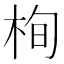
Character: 栒